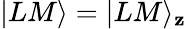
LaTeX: |LM\rangle=|LM\rangle_{\mathbf{z}}